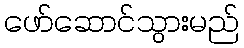
ဖော်ဆောင်သွားမည်